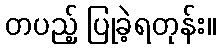
တပည့် ပြုခဲ့ရတုန်း။